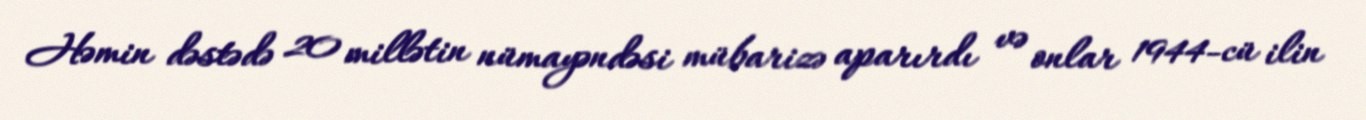
Həmin dəstədə 20 millətin nümayəndəsi mübarizə aparırdı və onlar 1944-cü ilin